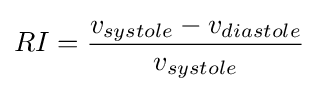
RI={\frac {v_{systole}-v_{diastole}}{v_{systole}}}